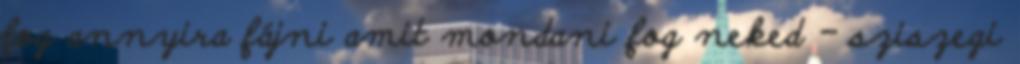
fog annyira fájni amit mondani fog neked - sziszegi